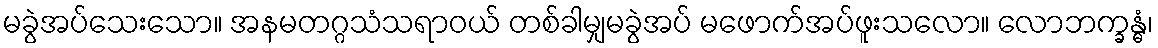
မခွဲအပ်သေးသော။ အနမတဂ္ဂသံသရာဝယ် တစ်ခါမျှမခွဲအပ် မဖောက်အပ်ဖူးသလော။ လောဘက္ခန္ဓံ၊